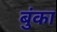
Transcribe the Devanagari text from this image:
बुंका